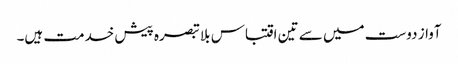
آواز دوست میں سے تین اقتباس بلا تبصرہ پیش خدمت ہیں۔